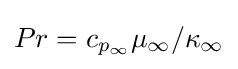
Pr=c_{p_{\infty }}\mu _{\infty }/\kappa _{\infty }